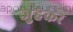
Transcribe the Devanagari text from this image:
जुहेकर